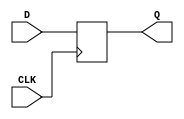
module DF (CLK,D,Q);
		parameter n=5;
	output reg [n-1:0] Q;
	input [n-1:0] D;
	input CLK;
	
	always @ (negedge CLK)
	begin	
		Q=D; 	
		end
	  endmodule
	  				   
	  module analy(CLK,goodresult,myresult);
		  input CLK;
		  input [4:0] goodresult, myresult;
		  always @ (negedge CLK)
			  if (myresult!=goodresult)
				  
				  	   $display ("ERROR!");
				 	 
	  		   endmodule
	  
	  
	  
	  
/*module (A,S1,S0,B,Cin,D,Cout,CLK,RST);
	input [3:0] A;
	input S1,S0;
	input Cin,RST,CLK;
	input [3:0] B;
	output [3:0] D;
	output Cout;
	
	
	genvar 1;
	generate 
	for (i=0;i<=3;i=i+1)
		begin moha
			DFF d (CLK,RST,A[i],B[i]);*/